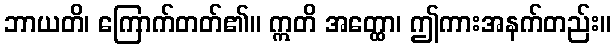
ဘာယတိ၊ ကြောက်တတ်၏။ ဣတိ အတ္ထော၊ ဤကားအနက်တည်း။